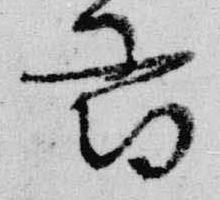
尋